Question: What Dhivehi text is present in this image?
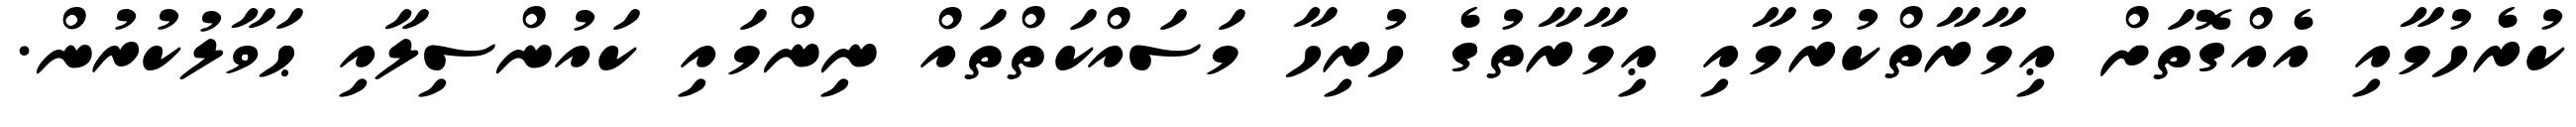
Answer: ކުރެހުމާއި އެއްގޮތަށް ޢިމާރާތްކުރުމާއި ޢިމާރާތުގެ ހުރިހާ މަސައްކަތްތައް ނިންމައި ކައުންސިލާއި ޙަވާލުކުރުން.